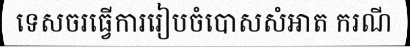
ទេសចរធ្វើការរៀបចំបោសសំអាត ករណី